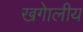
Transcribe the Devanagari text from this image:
खगेालीय